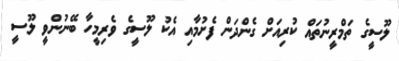
ލޫސީގެ ތަމްރީނުތައް ކުރިއަށް ގެންދަން ފެށުމާއި އެކު ލޫސީގެ ވެރިމީހާ ބޭނުންވީ ލޫސީ